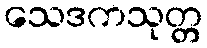
သေဒကသုတ္တ